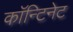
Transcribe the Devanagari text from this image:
काॅन्टिनेट